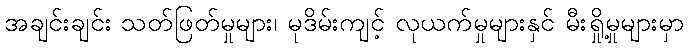
အချင်းချင်း သတ်ဖြတ်မှုများ၊ မုဒိမ်းကျင့် လုယက်မှုများနှင် မီးရှို့မှုများမှာ